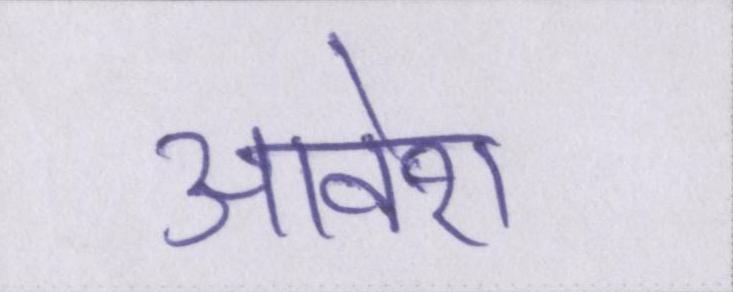
आवेश